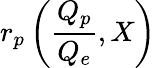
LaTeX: r_{p}\left(\frac{Q_{p}}{Q_{e}},X\right)